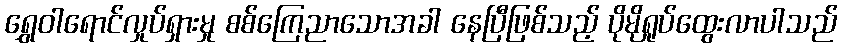
ရွှေဝါရောင်လှုပ်ရှားမှု စစ်ကြေညာသောအခါ နေပြီဖြစ်သည့် ပိုမိုရှုပ်ထွေးလာပါသည်